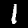
Digit: 1